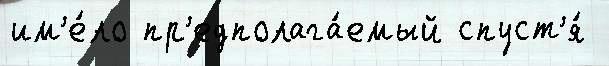
им'е́ло пр'едполага́емый спуст'я́